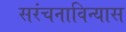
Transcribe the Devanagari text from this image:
सरंचनाविन्यास